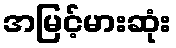
အမြင့်မားဆုံး